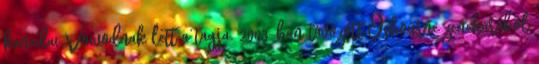
kanadai Voivodnak lett a tagja. 2003-ban távozott Osbourne zenekarából